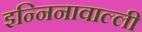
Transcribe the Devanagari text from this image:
इन्निनावाल्ली